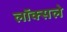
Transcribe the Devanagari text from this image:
लॉक्सले